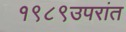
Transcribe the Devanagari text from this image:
१९८९उपरांत